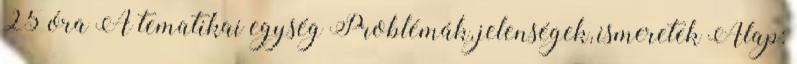
25 óra A tematikai egység Problémák, jelenségek, ismeretek Alap: